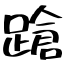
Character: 蹌